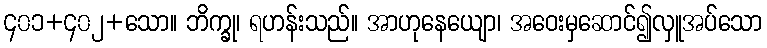
၄၀၁+၄၀၂+သော။ ဘိက္ခု၊ ရဟန်းသည်။ အာဟုနေယျော၊ အဝေးမှဆောင်၍လှူအပ်သော